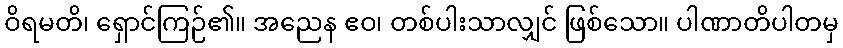
ဝိရမတိ၊ ရှောင်ကြဉ်၏။ အညေန ဧဝ၊ တစ်ပါးသာလျှင် ဖြစ်သော။ ပါဏာတိပါတမှ